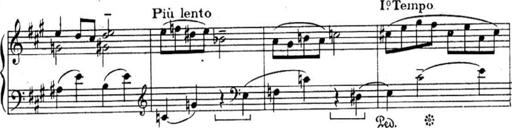
Title: Sonatines
Composer: Hedwige ChrÃ©tien